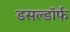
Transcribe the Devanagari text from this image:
डसल्डॉर्फ